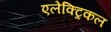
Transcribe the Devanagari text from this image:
एलेक्ट्रिकल